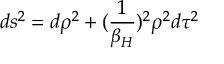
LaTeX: d s ^ { 2 } = d \rho ^ { 2 } + ( { \frac { 1 } { \beta _ { H } } } ) ^ { 2 } \rho ^ { 2 } d \tau ^ { 2 }